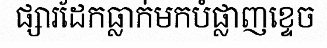
ផ្សារដែកធ្លាក់មកបំផ្លាញខ្ទេច